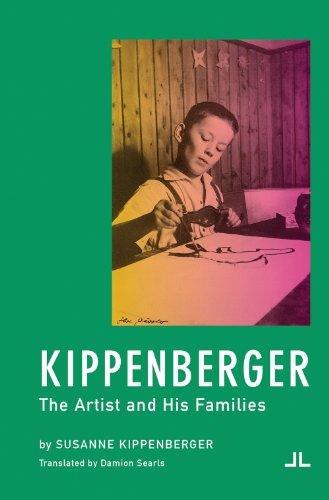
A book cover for Kippenberger: The Artist and His Families; Susanne Kippenberger; Arts & Photography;